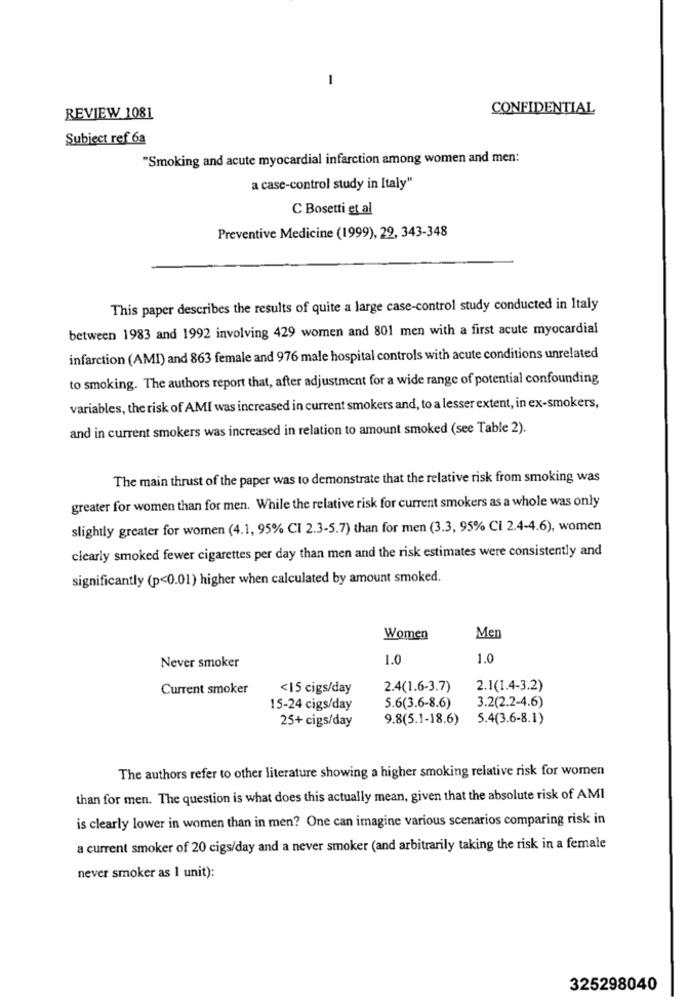
-
CONFIDENTIAL
REVIEW 1081
Subject ref 6a
"Smoking and acute myocardial infarction among women and men:
a case-control study in Italy"
C Bosetti et al
Preventive Medicine (1999), 29, 343-348
This paper describes the results of quite a large case-control study conducted in Italy
between 1983 and 1992 involving 429 women and 801 men with a first acute myocardial
infarction (AMI) and 863 female and 976 male hospital controls with acute conditions unrelated
to smoking. The authors report that, after adjustment for a wide range of potential confounding
variables, the risk of AMI was increased in current smokers and, to a lesser extent, in ex-smokers,
and in current smokers was increased in relation to amount smoked (see Table 2).
The main thrust of the paper was to demonstrate that the relative risk from smoking was
greater for women than for men. While the relative risk for current smokers as a whole was only
slightly greater for women (4.1, 95% CI 2.3-5.7) than for men (3.3, 95% CI 2.4-4.6), women
clearly smoked fewer cigarettes per day than men and the risk estimates were consistently and
significantly (p<0.01) higher when calculated by amount smoked.
Women
Men
1.0
1.0
Never smoker
Current smoker
<15 cigs/day
2.4(1.6-3.7)
2.1(1.4-3.2)
3.2(2.2-4.6)
15-24 cigs/day
5.6(3.6-8.6)
25+ cigs/day
9.8(5.1-18.6)
5.4(3.6-8.1)
The authors refer to other literature showing a higher smoking relative risk for women
than for men. The question is what does this actually mean, given that the absolute risk of AMI
is clearly lower in women than in men? One can imagine various scenarios comparing risk in
a current smoker of 20 cigs/day and a never smoker (and arbitrarily taking the risk in a female
never smoker as I unit):
325298040